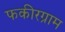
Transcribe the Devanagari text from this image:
फकीरग्राम